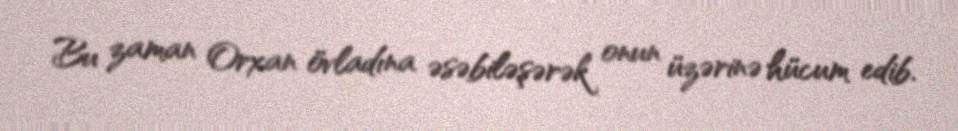
Bu zaman Orxan övladına əsəbiləşərək onun üzərinə hücum edib.